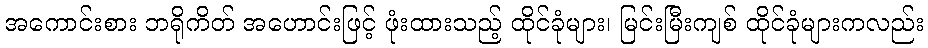
အကောင်းစား ဘရိုကိတ် အဟောင်းဖြင့် ဖုံးထားသည့် ထိုင်ခုံများ၊ မြင်းမြီးကျစ် ထိုင်ခုံများကလည်း